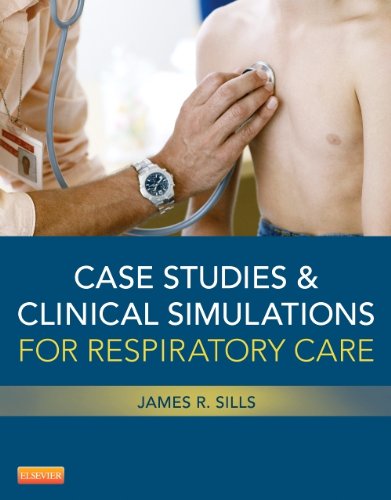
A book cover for Case Studies and Clinical Simulations for Respiratory Care (Retail Access Card), 1e; James R. Sills MEd  CPFT  RRT; Medical Books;